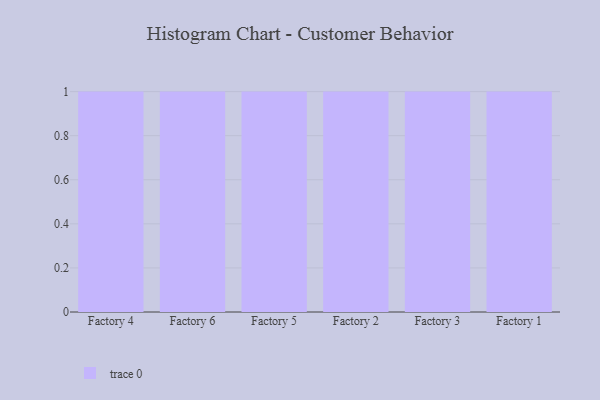
{"axis": {"x": "Factory", "y": "Waste Production (Tons)"}, "legend": [""], "data": [{"x": "Factory 4", "y": 6, "type": ""}, {"x": "Factory 6", "y": 20, "type": ""}, {"x": "Factory 5", "y": 1, "type": ""}, {"x": "Factory 2", "y": 52, "type": ""}, {"x": "Factory 3", "y": 34, "type": ""}, {"x": "Factory 1", "y": 36, "type": ""}]}